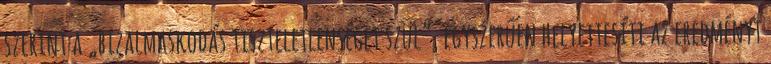
szerint a „bizalmaskodás tiszteletlenséget szül”, egyszerűen helyettesíti az eredményt